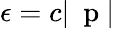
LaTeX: \epsilon=c|\mathrm{~\mathbf~p~}|